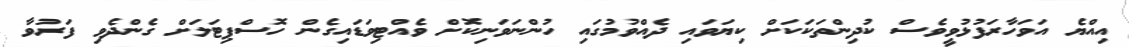
އިއްޔެ އަވަހާރަފުޅުވީވެސް ކުދިންތަކަކަށް ކިޔަވައި ދެއްވުމުގައި ހުންނަވަނިކޮށް ވެއްޓިވަޑައިގެން ހޮސްޕިޓަލަށް ގެންދެވި ފަރުވާ